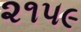
૨૧૫૯